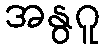
အနွဂူ